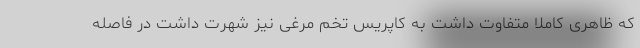
که ظاهری کاملا متفاوت داشت به کاپریس تخم مرغی نیز شهرت داشت در فاصله